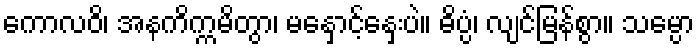
ကောလဝိ၊ အနကိက္ကမိတွာ၊ မနှောင့်နှေးပဲ။ ဓိပ္ပံ၊ လျင်မြန်စွာ။ သမ္ပော